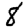
Digit: 8